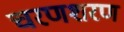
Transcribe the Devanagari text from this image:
चरणशरण